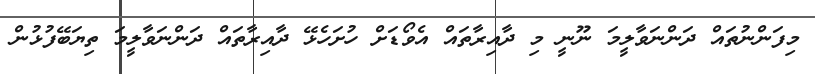
މިފަންނުތައް ދަންނަވާލީމަ ނޫނީ މި ދާއިރާތައް އެވޯޑަށް ހުށަހެޅޭ ދާއިރާތައް ދަންނަވާލީމަ ތިޔަބޭފުޅުން